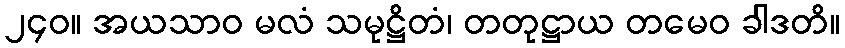
၂၄၀။ အယသာဝ မလံ သမုဋ္ဌိတံ၊ တတုဋ္ဌာယ တမေဝ ခါဒတိ။